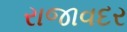
રાજાવદર